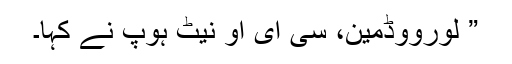
” لورووڈمین، سی ای او نیٹ ہوپ نے کہا۔